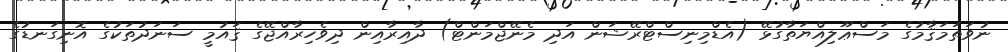
ނުވަތަމަޤާމުގެ މަސްޢޫލިއްޔަތާގުޅޭ (އެޑްމިނިސްޓްރޭޝަން އަދި މެނޭޖްމަންޓް) ދާއިރާއިން ދިވެހިރާއްޖޭގެ ޤައުމީ ސަނަދުތަކުގެ އޮނިގަނޑުގެ